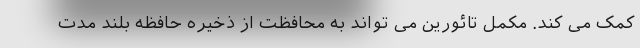
کمک می کند. مکمل تائورین می تواند به محافظت از ذخیره حافظه بلند مدت